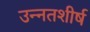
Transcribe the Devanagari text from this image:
उन्नतशीर्ष